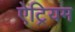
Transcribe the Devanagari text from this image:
ऐट्रियम